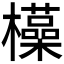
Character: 𮲽